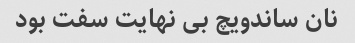
نان ساندویچ بی نهایت سفت بود